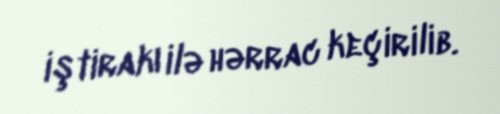
iştirakı ilə hərrac keçirilib.